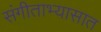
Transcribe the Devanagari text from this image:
संगीताभ्यासात